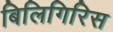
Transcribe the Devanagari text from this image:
बिलिगिरिस